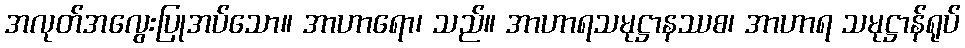
အလုတ်အလွေးပြုအပ်သော။ အာဟာရော၊ သည်။ အာဟာရသမုဋ္ဌာနဿစ၊ အာဟာရ သမုဋ္ဌာန်ရုပ်